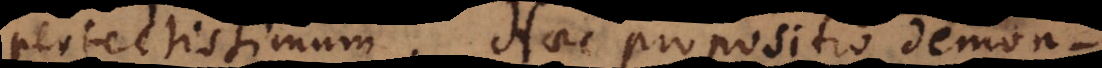
perfectissimum. Haec propositio est